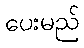
ပေးမည်